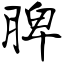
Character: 脾